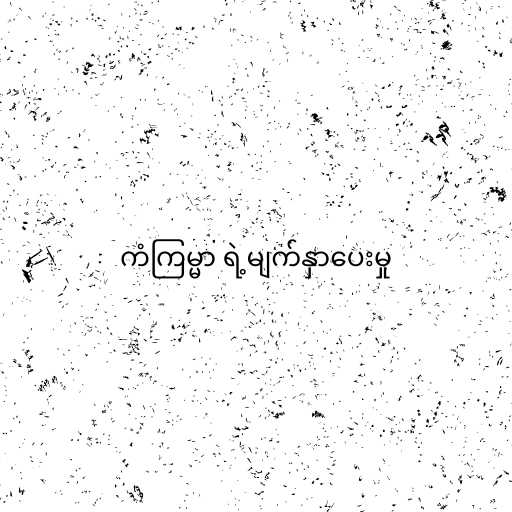
ကံကြမ္မာ ရဲ့မျက်နှာပေးမှု